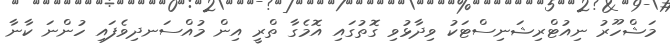
މަޝްހޫރު ނިއުޓްރިޝަނިސްޓަކު ވިދާޅުވި ގޮތުގައި އޮމެގާ ތްރީ އިން މުއްސަނދިވެފައި ހުންނަ ކާނާ